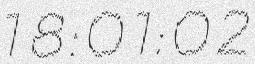
18:01:02